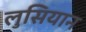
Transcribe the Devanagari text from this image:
लुसियान